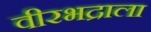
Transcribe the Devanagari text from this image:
वीरभद्राला